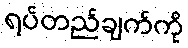
ရပ်တည်ချက်ကို